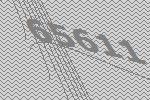
65611